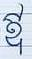
ឳ